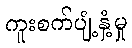
ကူးစက်ပျံ့နှံ့မှု